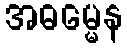
အဓမ္မေန